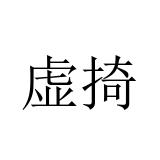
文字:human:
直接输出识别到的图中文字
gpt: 虚掎